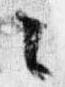
々